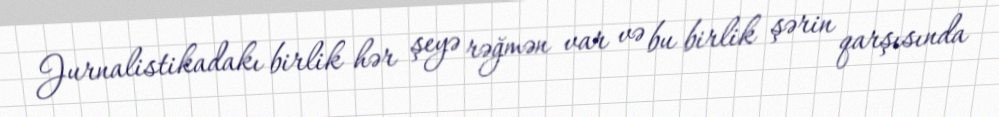
Jurnalistikadakı birlik hər şeyə rəğmən var və bu birlik şərin qarşısında